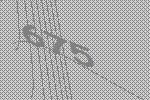
675